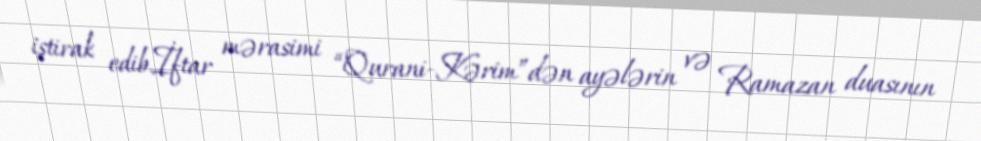
iştirak edib.İftar mərasimi “Qurani-Kərim”dən ayələrin və Ramazan duasının